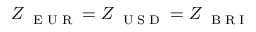
Z _ { \mathrm { ~ \tiny ~ E ~ U ~ R ~ } } = Z _ { \mathrm { ~ \tiny ~ U ~ S ~ D ~ } } = Z _ { \mathrm { ~ \tiny ~ B ~ R ~ I ~ } }